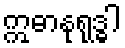
ဣဓာနုရုဒ္ဓါ